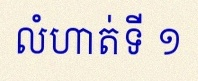
លំហាត់ទី ១